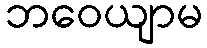
ဘဝေယျာမ